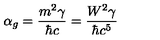
\alpha _ { g } = \frac { m ^ { 2 } \gamma } { \hbar c } = \frac { W ^ { 2 } \gamma } { \hbar c ^ { 5 } }